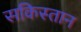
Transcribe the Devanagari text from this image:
सकिस्तान